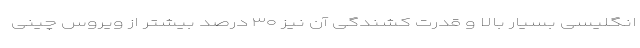
انگلیسی بسیار بالا و قدرت کشندگی آن نیز ۳۰ درصد بیشتر از ویروس چینی